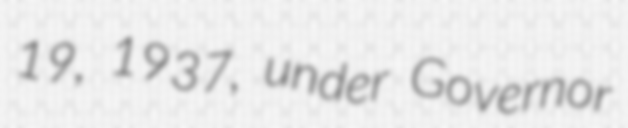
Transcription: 19, 1937, under Governor